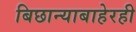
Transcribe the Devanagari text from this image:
बिछान्याबाहेरही